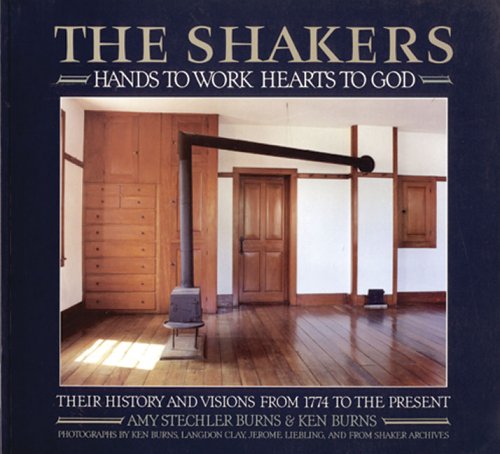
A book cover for Shakers: Hands To Work, Hearts To God, The (An Aperture Book); Amy Stechler Burns; Christian Books & Bibles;